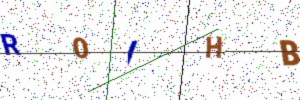
Text: R0IHB